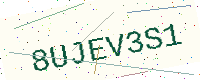
Text: 8UJEV3S1